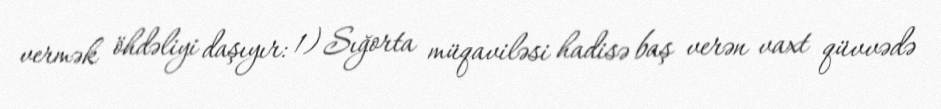
vermək öhdəliyi daşıyır: 1) Sığorta müqaviləsi hadisə baş verən vaxt qüvvədə